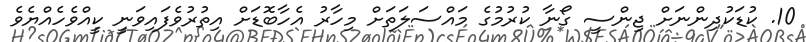
10. ކުޑަކުދިންނަށް ޖިންސީ ގޯނާ ކުރުމުގެ މައްސަލަތަށް މިހާރު އެހާބޮޑަށް އިތުރުވެފައިވަނީ ކީއްވެހެއްޔެވެ